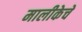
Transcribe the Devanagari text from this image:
मालीकेचे